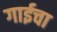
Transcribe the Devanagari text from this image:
गाईचा